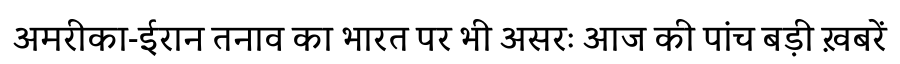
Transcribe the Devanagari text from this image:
अमरीका-ईरान तनाव का भारत पर भी असरः आज की पांच बड़ी ख़बरें